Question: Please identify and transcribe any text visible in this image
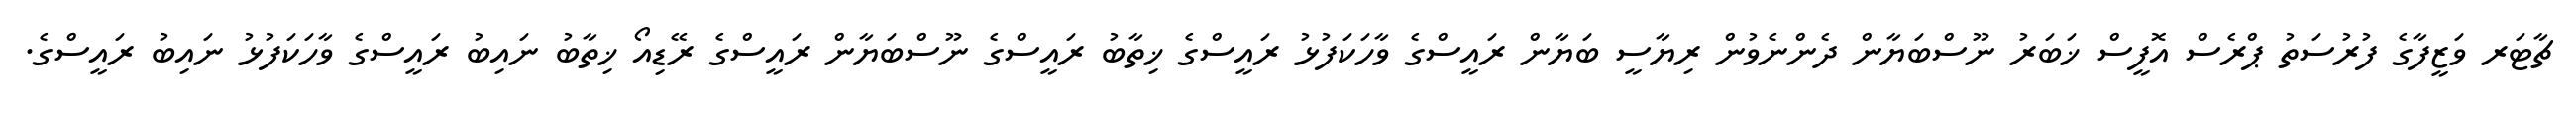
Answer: ޗާޓަރ ވަޒީފާގެ ފުރުސަތު ޕްރެސް އޮފީސް ޚަބަރު ނޫސްބަޔާން ދެންނެވުން ރިޔާސީ ބަޔާން ރައީސްގެ ވާހަކަފުޅު ރައީސްގެ ޚިތާބު ރައީސްގެ ނޫސްބަޔާން ރައީސްގެ ރޭޑިއޯ ޚިތާބު ނައިބު ރައީސްގެ ވާހަކަފުޅު ނައިބު ރައީސްގެ.